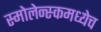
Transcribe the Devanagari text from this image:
स्मोलेन्स्कमध्येच